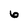
Character: 6